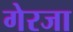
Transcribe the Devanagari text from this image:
गेरजा